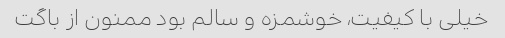
خیلی با کیفیت، خوشمزه و سالم بود ممنون از باگت